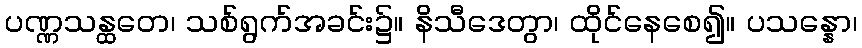
ပဏ္ဏသန္ထတေ၊ သစ်ရွက်အခင်း၌။ နိသီဒေတွာ၊ ထိုင်နေစေ၍။ ပသန္နော၊